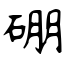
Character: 硼